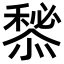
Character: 𢢃